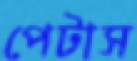
পেটাস